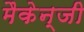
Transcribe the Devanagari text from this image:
मैकेन्जी